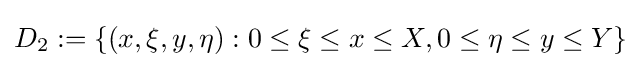
D_{2}:=\{(x,\xi ,y,\eta ):0\leq \xi \leq x\leq X,0\leq \eta \leq y\leq Y\}